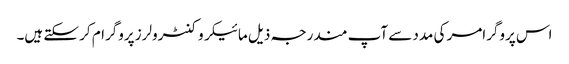
اس پروگرامر کی مدد سے آپ مندرجہ ذیل مائیکروکنٹرولرز پروگرام کر سکتے ہیں۔